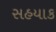
સહયાક